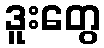
ဒူးတွေ